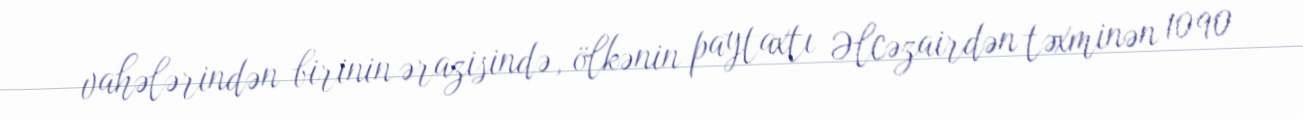
vahələrindən birinin ərazisində, ölkənin paytaxtı Əlcəzairdən təxminən 1090